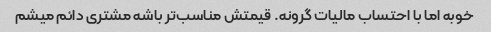
خوبه اما با احتساب مالیات گرونه. قیمتش مناسب‌تر باشه مشتری دائم میشم